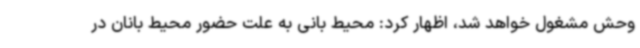
وحش مشغول خواهد شد، اظهار کرد: محیط بانی به علت حضور محیط بانان در